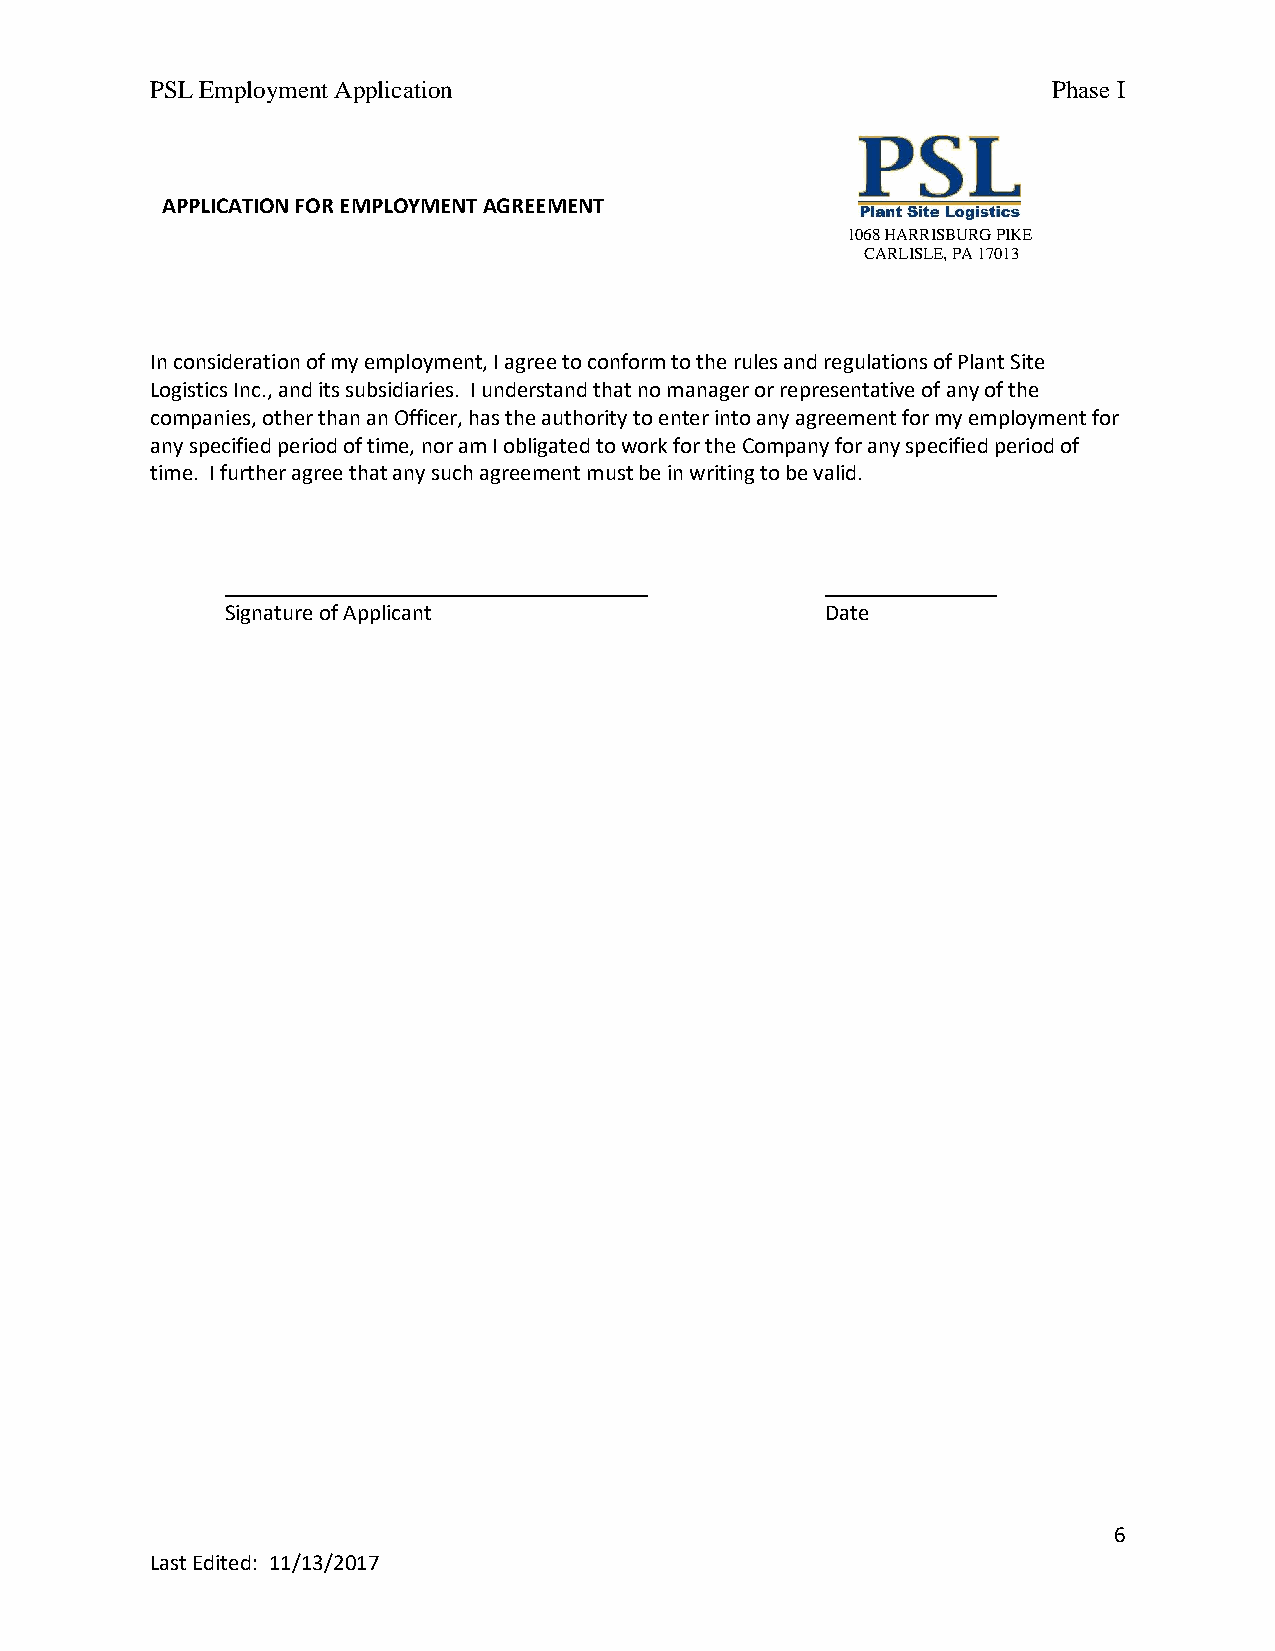
PSL Employment Application                                  Phase I
 APPLICATION FOR EMPLOYMENT AGREEMENT
 1068 HARRISBURG PIKE
 CARLISLE, PA 17013
 In consideration of my employment, I agree to conform to the rules and regulations of Plant Site
 Logistics Inc., and its subsidiaries. I understand that no manager or representative of any of the
 companies, other than an Officer, has the authority to enter into any agreement for my employment for
 any specified period of time, nor am I obligated to work for the Company for any specified period of
 time. I further agree that any such agreement must be in writing to be valid.
 _____________________________________   _______________
 Signature of Applicant                  Date
 6
 Last Edited: 11/13/2017